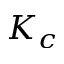
K _ { c }